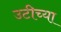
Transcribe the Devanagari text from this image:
उटीच्या